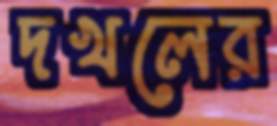
দখলের